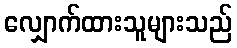
လျှောက်ထားသူများသည်